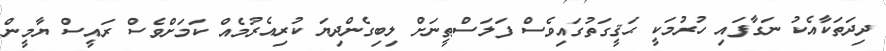
ދިދަތަކާއެކު ނަގާފައި ހުރުމަކީ ޙަޤީގަތުގައިވެސް ފަލަސްޠީނަށް ލިބިގެންދިޔަ ކުރިއެރުމެއް ކަމަށްވެސް ރައީސް ޔާމީން